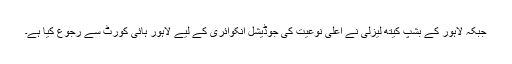
جبکہ لاہور کے بشپ کیتھ لیزلی نے اعلیٰ نوعیت کی جوڈیشل انکوائری کے لیے لاہور ہائی کورٹ سے رجوع کیا ہے۔